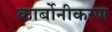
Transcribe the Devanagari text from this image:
कार्बोनीकरण